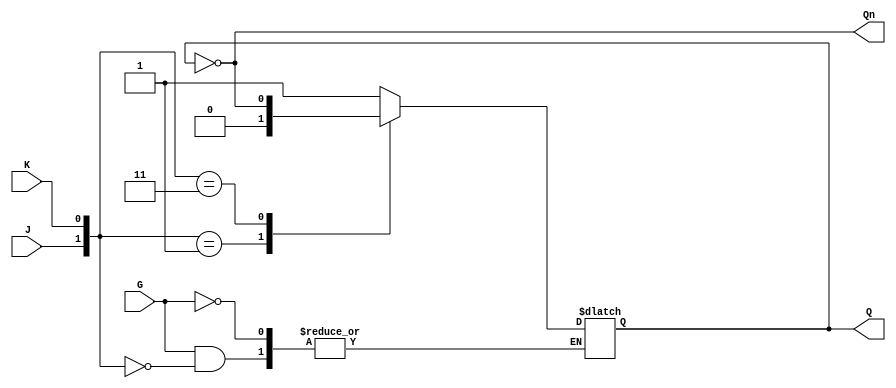
module GatedJKLatch (
    input wire J,    // Set input
    input wire K,    // Reset input
    input wire G,    // Enable input
    output reg Q,    // Output Q
    output wire Qn   // Complementary output Q
);

    // Invert Q for complementary output
    assign Qn = ~Q;

    always @(*) begin
        if (G) begin
            case ({J, K})
                2'b10: Q <= 1;  // Set condition
                2'b01: Q <= 0;  // Reset condition
                2'b11: Q <= ~Q; // Toggle condition
                2'b00: Q <= Q;  // Hold condition
                default: Q <= Q; // Maintain state (default case)
            endcase
        end
        // If G is low, maintain the current state of Q
    end

endmodule